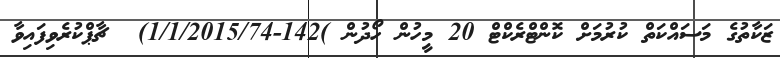
ޒަކާތުގެ މަސައްކަތް ކުރުމަށް ކޮންޓްރެކްޓް 20 މީހުން ހޯދުން )142-1/1/2015/74)  ޗާޕްކުރެވިފައިވާ